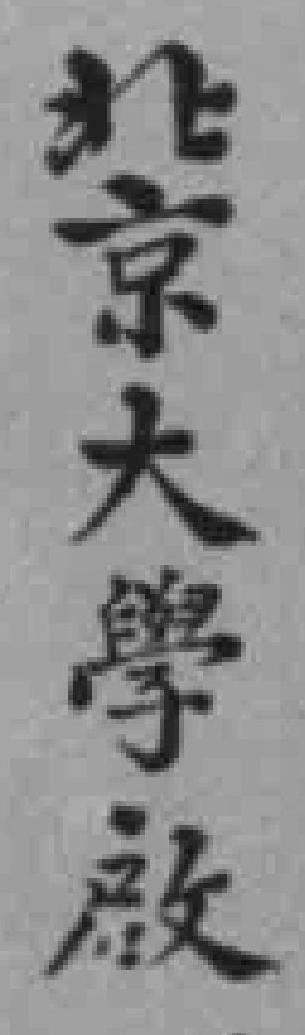
北京大學啟